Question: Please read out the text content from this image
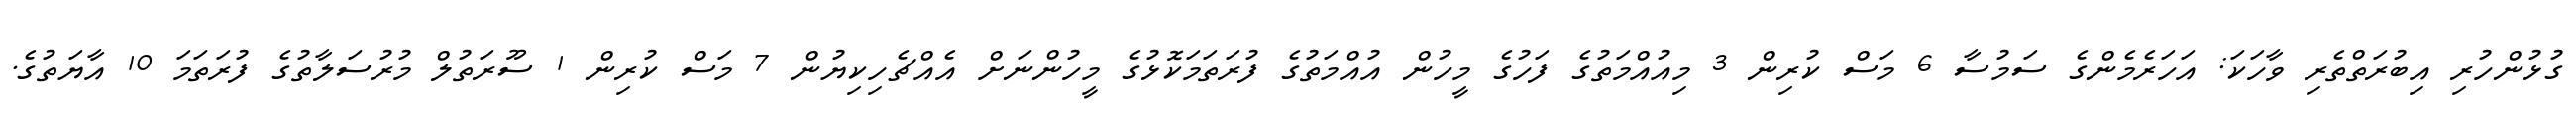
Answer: ގުޅުންހުރި އިބުރަތްތެރި ވާހަކަ: އަހަރެމެންގެ ސަމުސާ 6 މަސް ކުރިން 3 މިއުއްމަތުގެ ފަހުގެ މީހުން އުއްމަތުގެ ފުރަތަމަކޮޅުގެ މީހުންނަށް އެއްޗެހިކިޔުން 7 މަސް ކުރިން 1 ސޫރަތުލް މުރުސަލާތުގެ ފުރަތަމަ 10 އާޔަތުގެ.